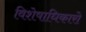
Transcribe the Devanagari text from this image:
विशेषाधिकारो